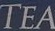
TEA